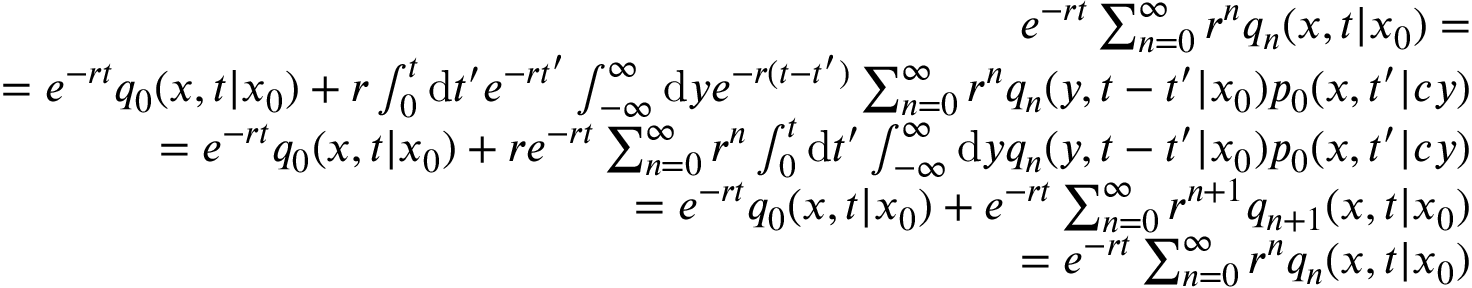
\begin{array} { r l r } & { } & { e ^ { - r t } \sum _ { n = 0 } ^ { \infty } r ^ { n } q _ { n } ( x , t | x _ { 0 } ) = } \\ & { } & { \qquad = e ^ { - r t } q _ { 0 } ( x , t | x _ { 0 } ) + r \int _ { 0 } ^ { t } \mathrm { d } t ^ { \prime } e ^ { - r t ^ { \prime } } \int _ { - \infty } ^ { \infty } \mathrm { d } y e ^ { - r ( t - t ^ { \prime } ) } \sum _ { n = 0 } ^ { \infty } r ^ { n } q _ { n } ( y , t - t ^ { \prime } | x _ { 0 } ) p _ { 0 } ( x , t ^ { \prime } | c y ) } \\ & { } & { \qquad = e ^ { - r t } q _ { 0 } ( x , t | x _ { 0 } ) + r e ^ { - r t } \sum _ { n = 0 } ^ { \infty } r ^ { n } \int _ { 0 } ^ { t } \mathrm { d } t ^ { \prime } \int _ { - \infty } ^ { \infty } \mathrm { d } y q _ { n } ( y , t - t ^ { \prime } | x _ { 0 } ) p _ { 0 } ( x , t ^ { \prime } | c y ) } \\ & { } & { \qquad = e ^ { - r t } q _ { 0 } ( x , t | x _ { 0 } ) + e ^ { - r t } \sum _ { n = 0 } ^ { \infty } r ^ { n + 1 } q _ { n + 1 } ( x , t | x _ { 0 } ) } \\ & { } & { \qquad = e ^ { - r t } \sum _ { n = 0 } ^ { \infty } r ^ { n } q _ { n } ( x , t | x _ { 0 } ) } \end{array}